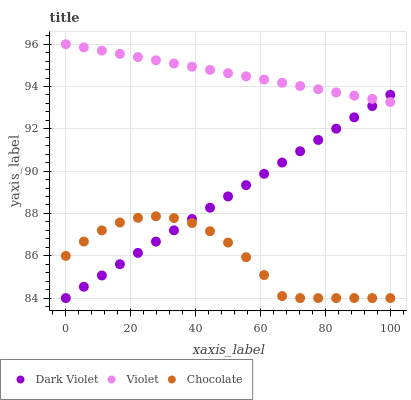
| xaxis_label | Dark Violet | Violet | Chocolate |
 | --- | --- | --- | --- |
 | 0 | 84 | 96 | 86 |
 | 5.56 | 84.5 | 95.8 | 86.7 |
 | 11.1 | 85.1 | 95.7 | 87.2 |
 | 16.7 | 85.6 | 95.5 | 87.6 |
 | 22.2 | 86.1 | 95.4 | 87.8 |
 | 27.8 | 86.7 | 95.2 | 87.9 |
 | 33.3 | 87.2 | 95.1 | 87.8 |
 | 38.9 | 87.7 | 94.9 | 87.5 |
 | 44.4 | 88.3 | 94.8 | 87.2 |
 | 50 | 88.8 | 94.6 | 86.6 |
 | 55.6 | 89.3 | 94.5 | 85.9 |
 | 61.1 | 89.9 | 94.3 | 85.1 |
 | 66.7 | 90.4 | 94.2 | 84.1 |
 | 72.2 | 90.9 | 94 | 84 |
 | 77.8 | 91.5 | 93.9 | 84 |
 | 83.3 | 92 | 93.7 | 84 |
 | 88.9 | 92.5 | 93.6 | 84 |
 | 94.4 | 93.1 | 93.4 | 84 |
 | 100 | 93.6 | 93.3 | 84 |